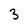
Character: 3